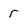
Character: r